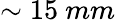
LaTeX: \sim 15~mm